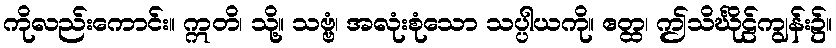
ကိုလည်းကောင်း။ ဣတိ၊ သို့။ သဗ္ဗံ၊ အလုံးစုံသော သပ္ပါယကို။ ဧတ္ထ၊ ဤသိင်္ဃိုဠ်ကျွန်း၌။